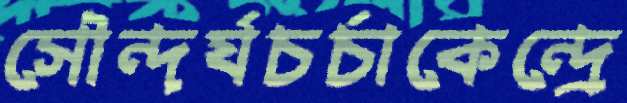
সৌন্দর্যচর্চাকেন্দ্রে